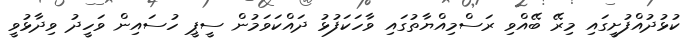
ކުޅުދުއްފުށީގައި މިރޭ ބޭއްވި ރަސްމިއްޔާތުގައި ވާހަކަފުޅު ދައްކަވަމުން ސީޕީ ހުސައިން ވަހީދު ވިދާޅުވީ